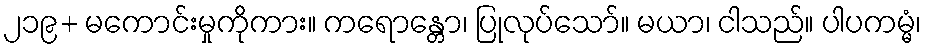
၂၁၉+ မကောင်းမှုကိုကား။ ကရောန္တော၊ ပြုလုပ်သော်။ မယာ၊ ငါသည်။ ပါပကမ္မံ၊